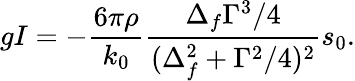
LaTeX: gI=-\frac{6\pi\rho}{k_{0}}\frac{\Delta_{f}\Gamma^{3}/4}{(\Delta_{f}^{2}+\Gamma^{2}/4)^{2}}s_{0}.